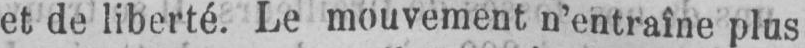
et de liberté. Le mouvement n’entraîne plus